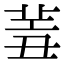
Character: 𦍮